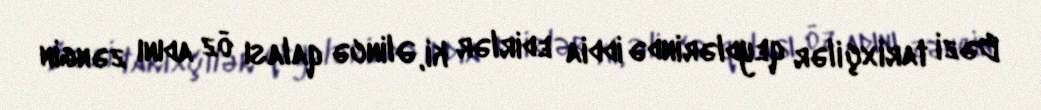
Bəzi tarixçilər qeydlərində iddia edirlər ki, Əlincə qalası öz adını zəngin